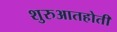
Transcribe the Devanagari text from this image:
शुरुआतहोती